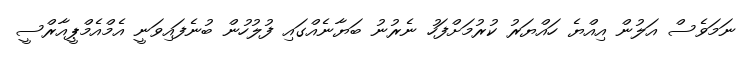
ނަމަވެސް އަލުން އިއްޔެ ހައްޔަރު ކުރުމަށްފަހު ނެރުނު ބަޔާނެއްގައި ފުލުހުން ބުނެފައިވަނީ އެމްއެމްޕީއާރްސީ